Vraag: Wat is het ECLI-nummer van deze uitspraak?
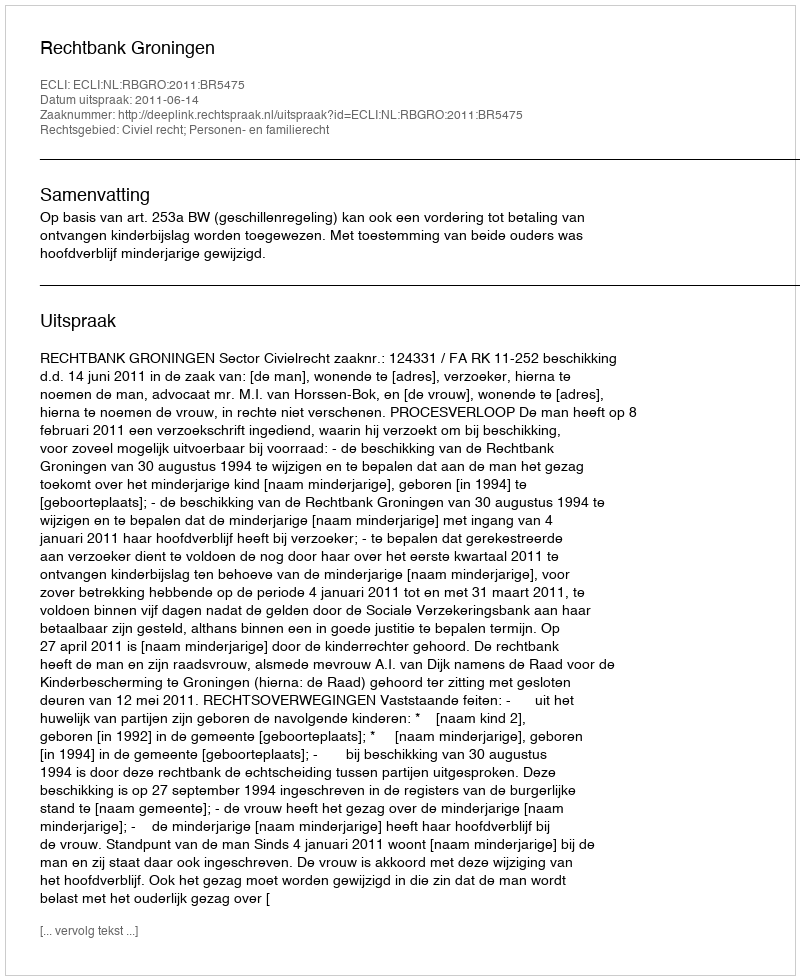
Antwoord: ECLI:NL:RBGRO:2011:BR5475